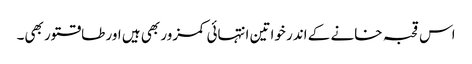
اس قحبہ خانے کے اندر خواتین انتہائی کمزور بھی ہیں اور طاقتور بھی۔